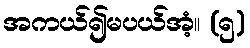
အကယ်၍မပယ်အံ့။ (၅)